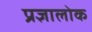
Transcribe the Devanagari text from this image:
प्रज्ञालोक